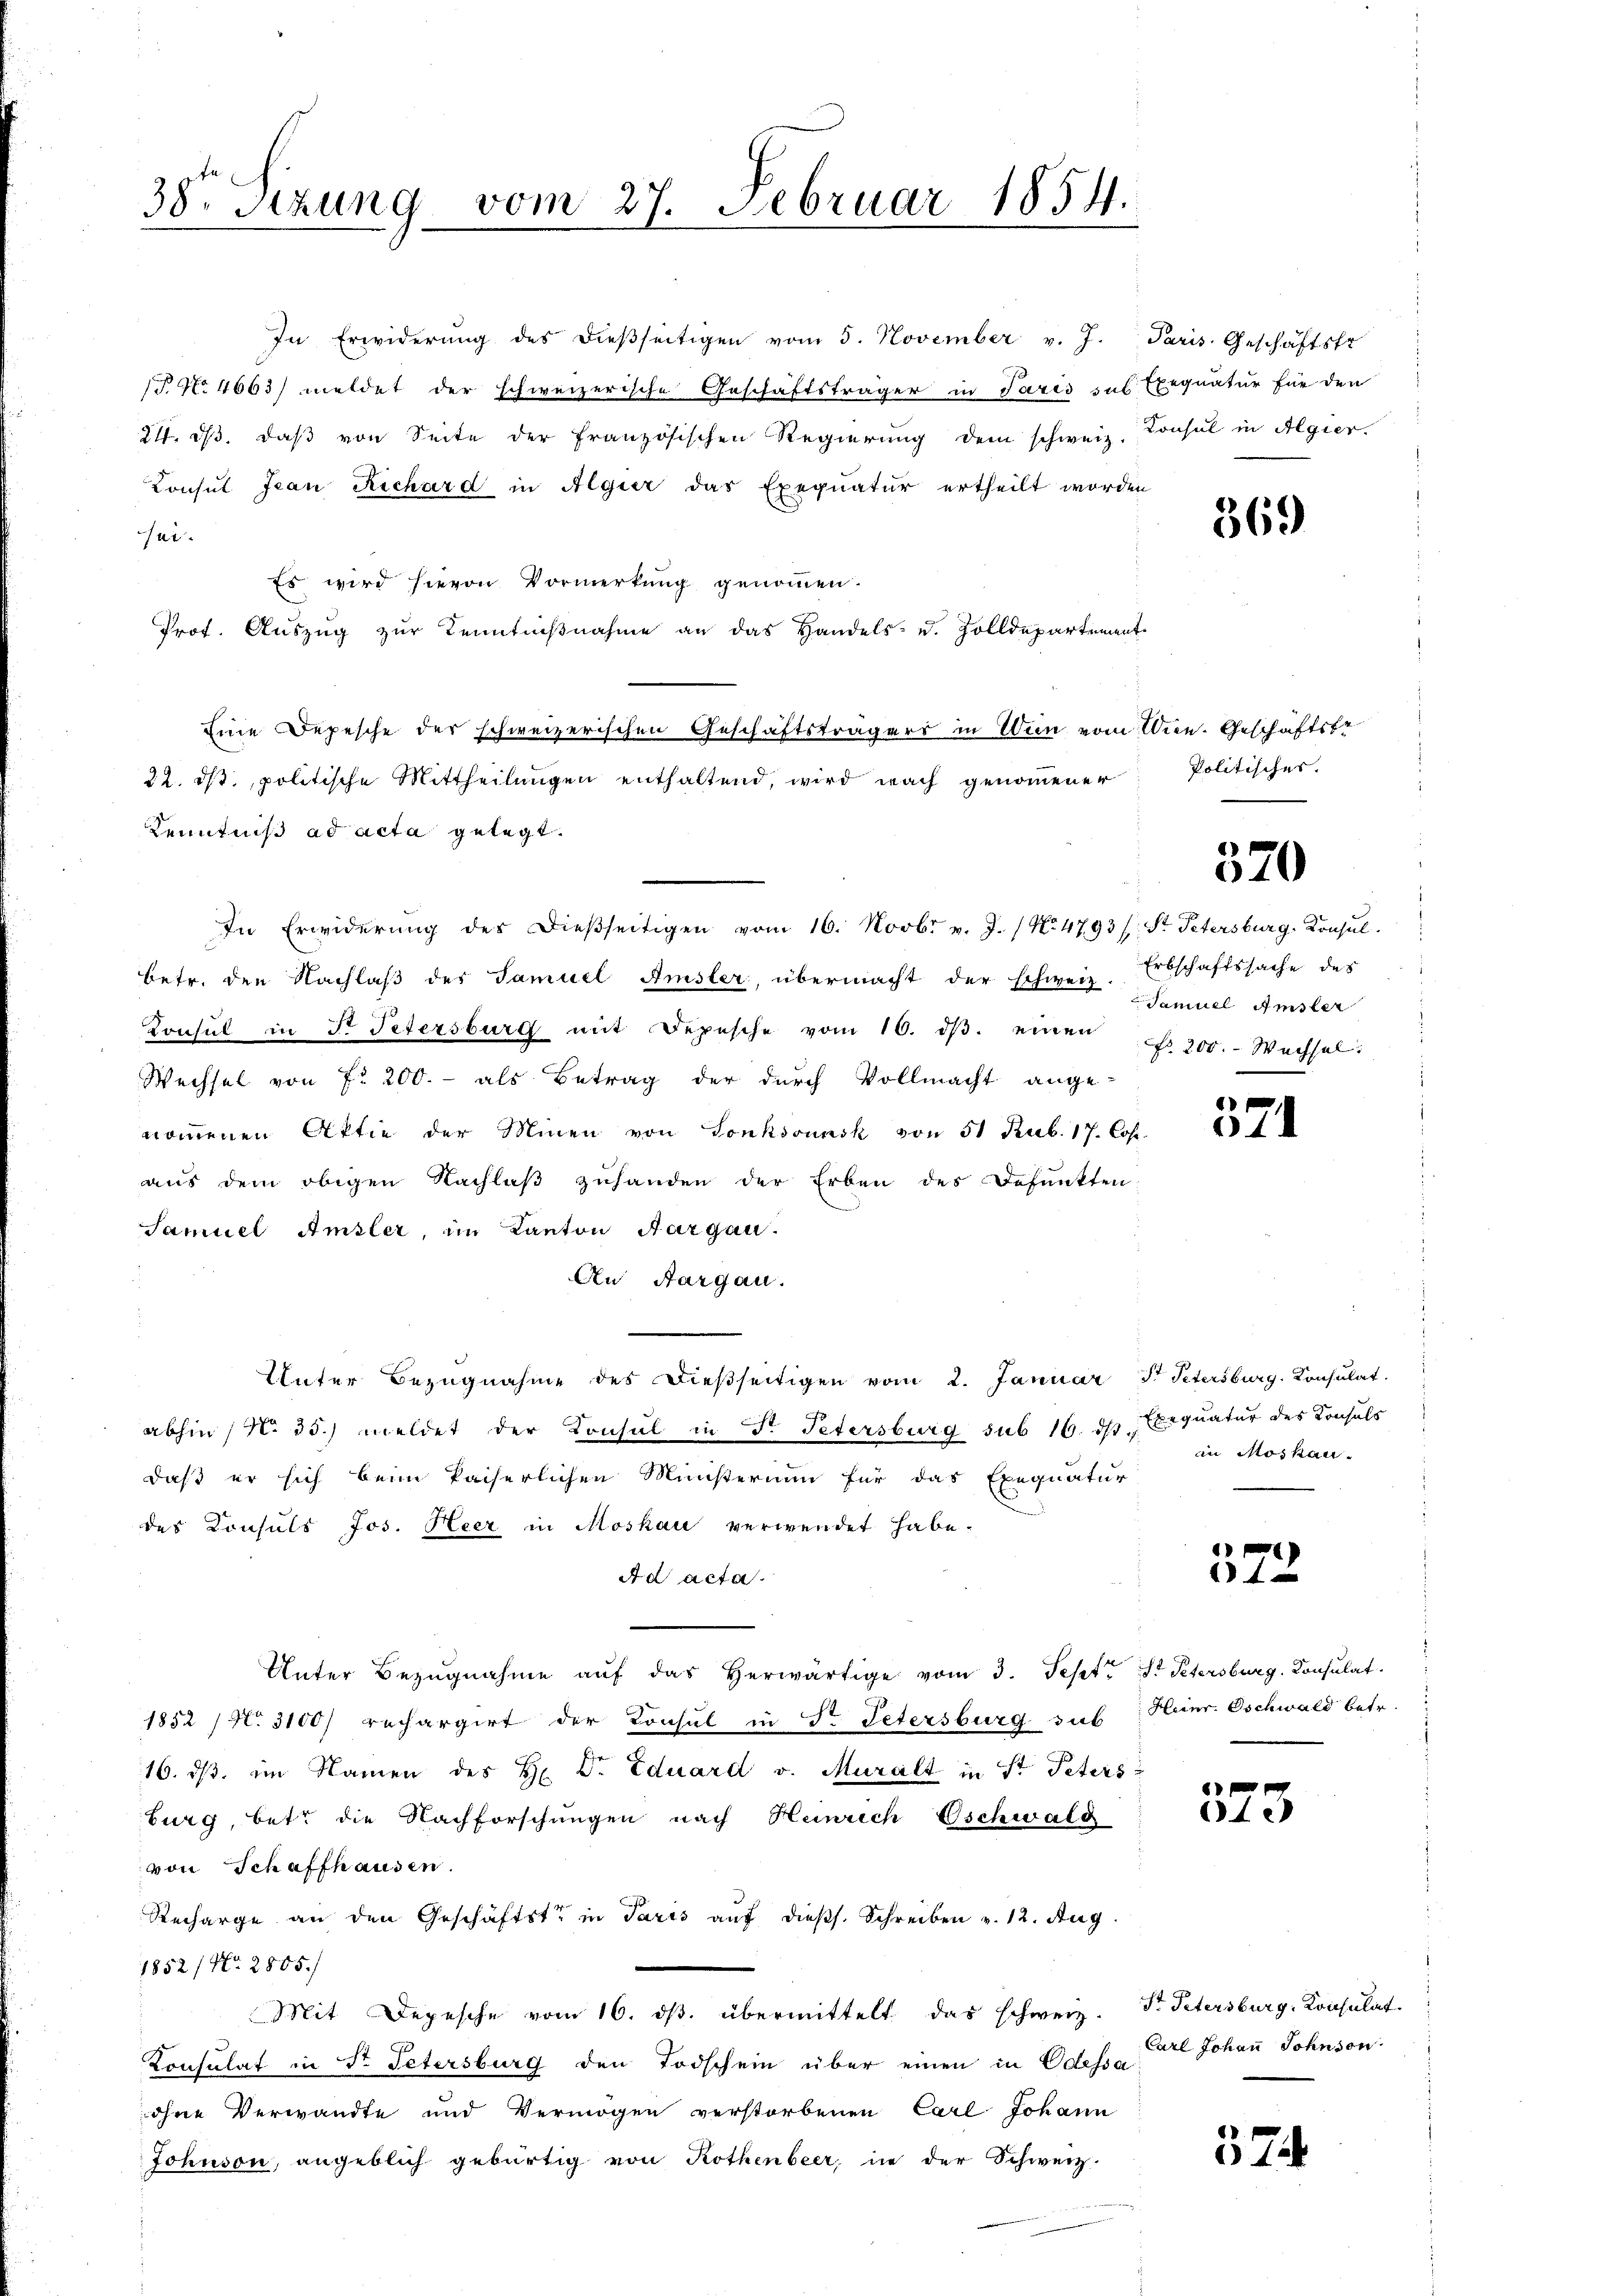
38. Sizung vom 27. Februar 1854.

In Erwiderŭng des dieβseitigen vom 5. November v. J. Paris Geschäftstr
P. No 4663) meldet der schweizerische Geschäftsträger in Paris das Exequatur für den
24. dβ. daß von Seite der französischen Regierung dem schweiz. Konsul in Algier
Konsul Jean Richard in Algier das Exequatur ertheilt worden
sei.
Es wird hievon Vormerkung genommen.
Prof. Auszug zur Kenntniβnahme an das Handels- u. Zolldepartement
22. ist, politische Mittheilungen enthaltend, wird nach genommener
Kenntniß ad acta gelegt.
In Erwiderŭng des dieβseitigen vom 16. Novbr. v. J. (No. 4793 (: St. Petersburg-Konsul
betr. den Nachlaß der Samuel Amsler, übermacht der schweiz. Erbschaftssache des
Konsul in Fr Petersburg mit Depesche vom 16. dβ. einen Fr. 200.- Wechsel.
Wechsel von fr 200.- als Betrag der durch Vollmacht ange-
nommenen Aktie der Minen von Tonkovunsk von 51 Rub. 17. Cos
aus dem obigen Nachlaß zuhanden der Erben des Defunkten
Samuel Amsler, im Kanton Aargau.
An Aargau.
Unter Bezŭgnahme des dießseitigen vom 2. Januar 7 Petersburg. Konsulat
abhin (N. 35.) meldet der Konsul in Fr. Petersburg sub 16. ds Exequatur des Konsuls
daß er sich beim kaiserlichen Ministerium für das Exequatur
des Konsuls Jos. Heer in Moskau verwendet habe.
Ad acta.
Unter Bezugnahme aŭf das herwärtige vom 3. Sept. St. Petersburg, Consulat
1852 / N. 3100) rechargirt der Konsul in Dr. Petersburg sub
16. dβ im Namen des H. Dr. Eduard v. Muralt in St. Peters
burg, betr die Nachforschungen nach Heinrich Oschwald
von Schaffhausen.
Recharge an den Geschäftste in Paris auf dießs. Schreiben v. 12. Aug.
1852/ No. 2805./
Mit Depesche vom 16. ds. übermittelt das schweiz. Dr. Petersburg, Konsulat
Consulat in T. Petersburg den Todschein über einen in Odessa
ohne Verwandte und Vermögen verstorbenen Carl Johann
Johnson, angeblich gebürtig von Rothenbeer, in der Schweiz.

Eine Depesche der schweizerischen Geschäftsträgers in Wien vom Ven. Geschäftste

369

Politisches.

520

Samuel Amsler

4

an Moskau

)
1 f 0

Heinr. Oschwald betr.

373

Carl Johann Sohnson

374